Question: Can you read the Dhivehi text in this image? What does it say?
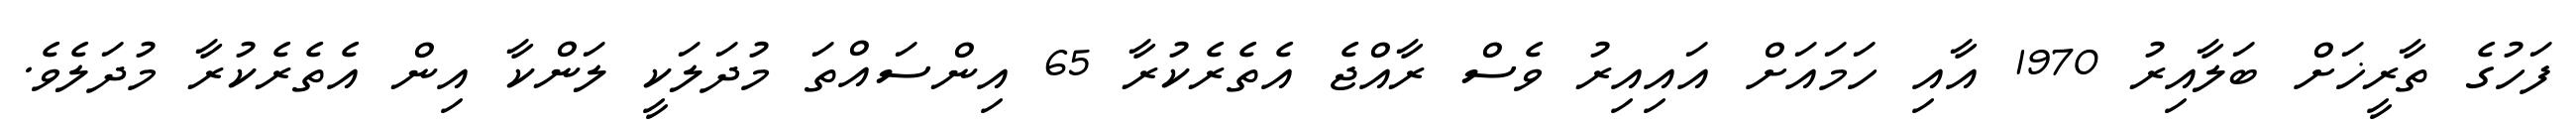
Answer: ފަހުގެ ތާރީޚަށް ބަލާއިރު 1970 އާއި ހަމައަށް އައިއިރު ވެސް ރާއްޖެ އެތެރެކުރާ 65 އިންސައްތަ މުދަލަކީ ލަންކާ އިން އެތެރެކުރާ މުދަލެވެ.